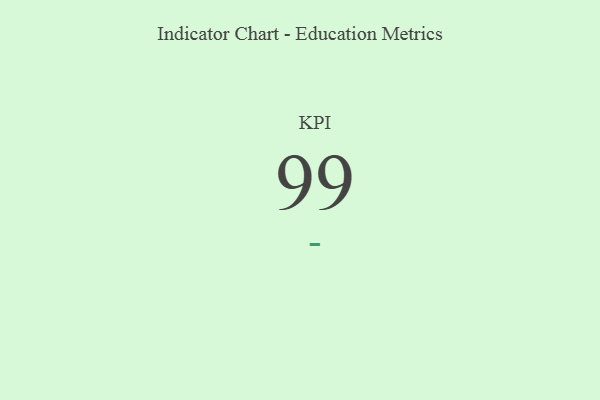
{"axis": {"x": "KPI", "y": "Value"}, "legend": [""], "data": [{"x": "KPI", "y": 99, "type": ""}]}